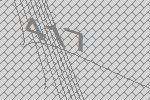
417